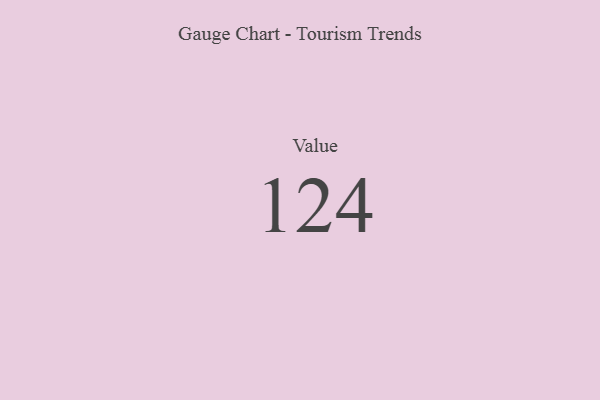
{"axis": {"x": "Metric", "y": "Value"}, "legend": [""], "data": [{"x": "Value", "y": 124, "type": ""}]}